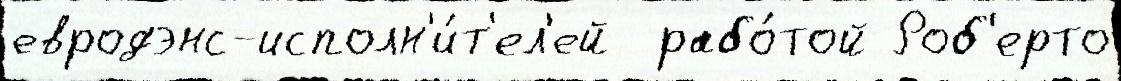
евродэнс-исполн'и́т'ел'ей  рабо́той Роб'ерто